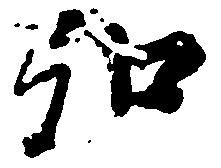
弘